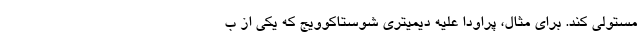
مستولی کند. برای مثال، پراودا علیه دیمیتری شوستاکوویج كه یکی از ب